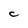
Character: C